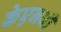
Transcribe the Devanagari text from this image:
केएनवी